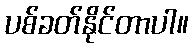
ပစ်ခတ်နိုင်တာပါ။